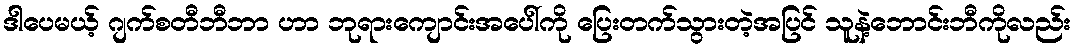
ဒါပေမယ့် ဂျက်စတီဘီဘာ ဟာ ဘုရားကျောင်းအပေါ်ကို ပြေးတက်သွားတဲ့အပြင် သူနဲ့ဘောင်းဘီကိုလည်း